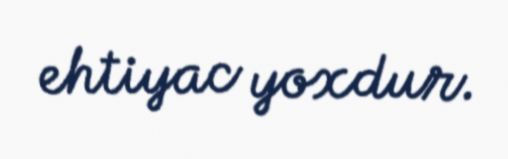
ehtiyac yoxdur.